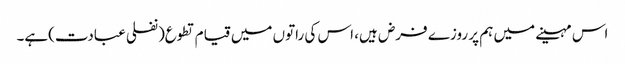
اس مہینے میں ہم پر روزے فرض ہیں، اس کی راتوں میں قیام تطوع(نفلی عبادت)ہے۔